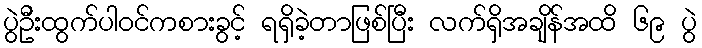
ပွဲဦးထွက်ပါဝင်ကစားခွင့် ရရှိခဲ့တာဖြစ်ပြီး လက်ရှိအချိန်အထိ ၆၉ ပွဲ